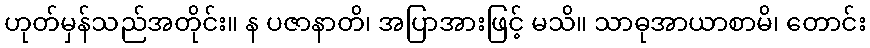
ဟုတ်မှန်သည်အတိုင်း။ န ပဇာနာတိ၊ အပြာအားဖြင့် မသိ။ သာဓုအာယာစာမိ၊ တောင်း